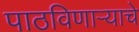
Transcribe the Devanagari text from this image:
पाठविणाऱ्याचे